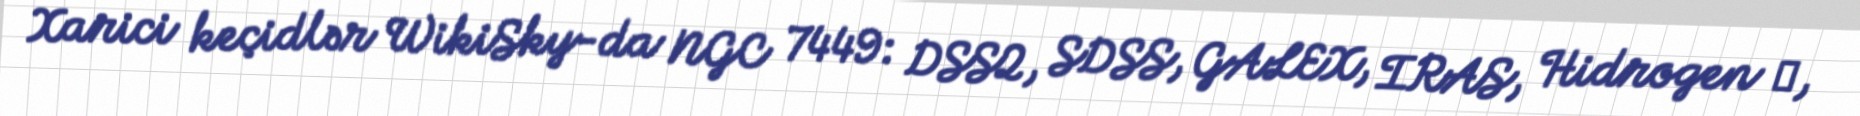
Xarici keçidlər WikiSky-da NGC 7449: DSS2, SDSS, GALEX, IRAS, Hidrogen α,